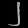
Digit: ၂